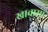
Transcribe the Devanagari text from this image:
खावासा